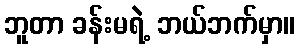
ဘူတာ ခန်းမရဲ့ ဘယ်ဘက်မှာ။